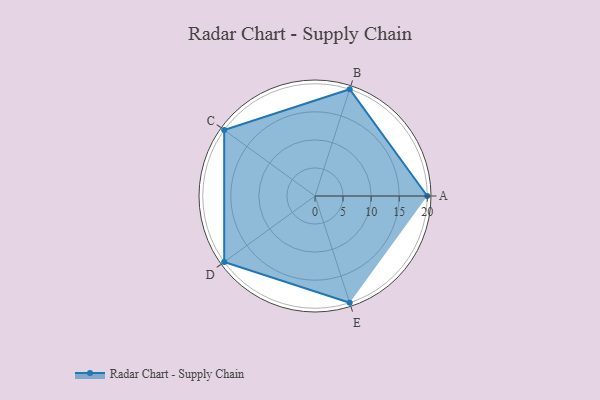
{"axis": {"x": "Skill", "y": "Score"}, "legend": ["Profile"], "data": [{"x": "A", "y": 20, "type": "Profile"}, {"x": "B", "y": 20, "type": "Profile"}, {"x": "C", "y": 20, "type": "Profile"}, {"x": "D", "y": 20, "type": "Profile"}, {"x": "E", "y": 20, "type": "Profile"}]}